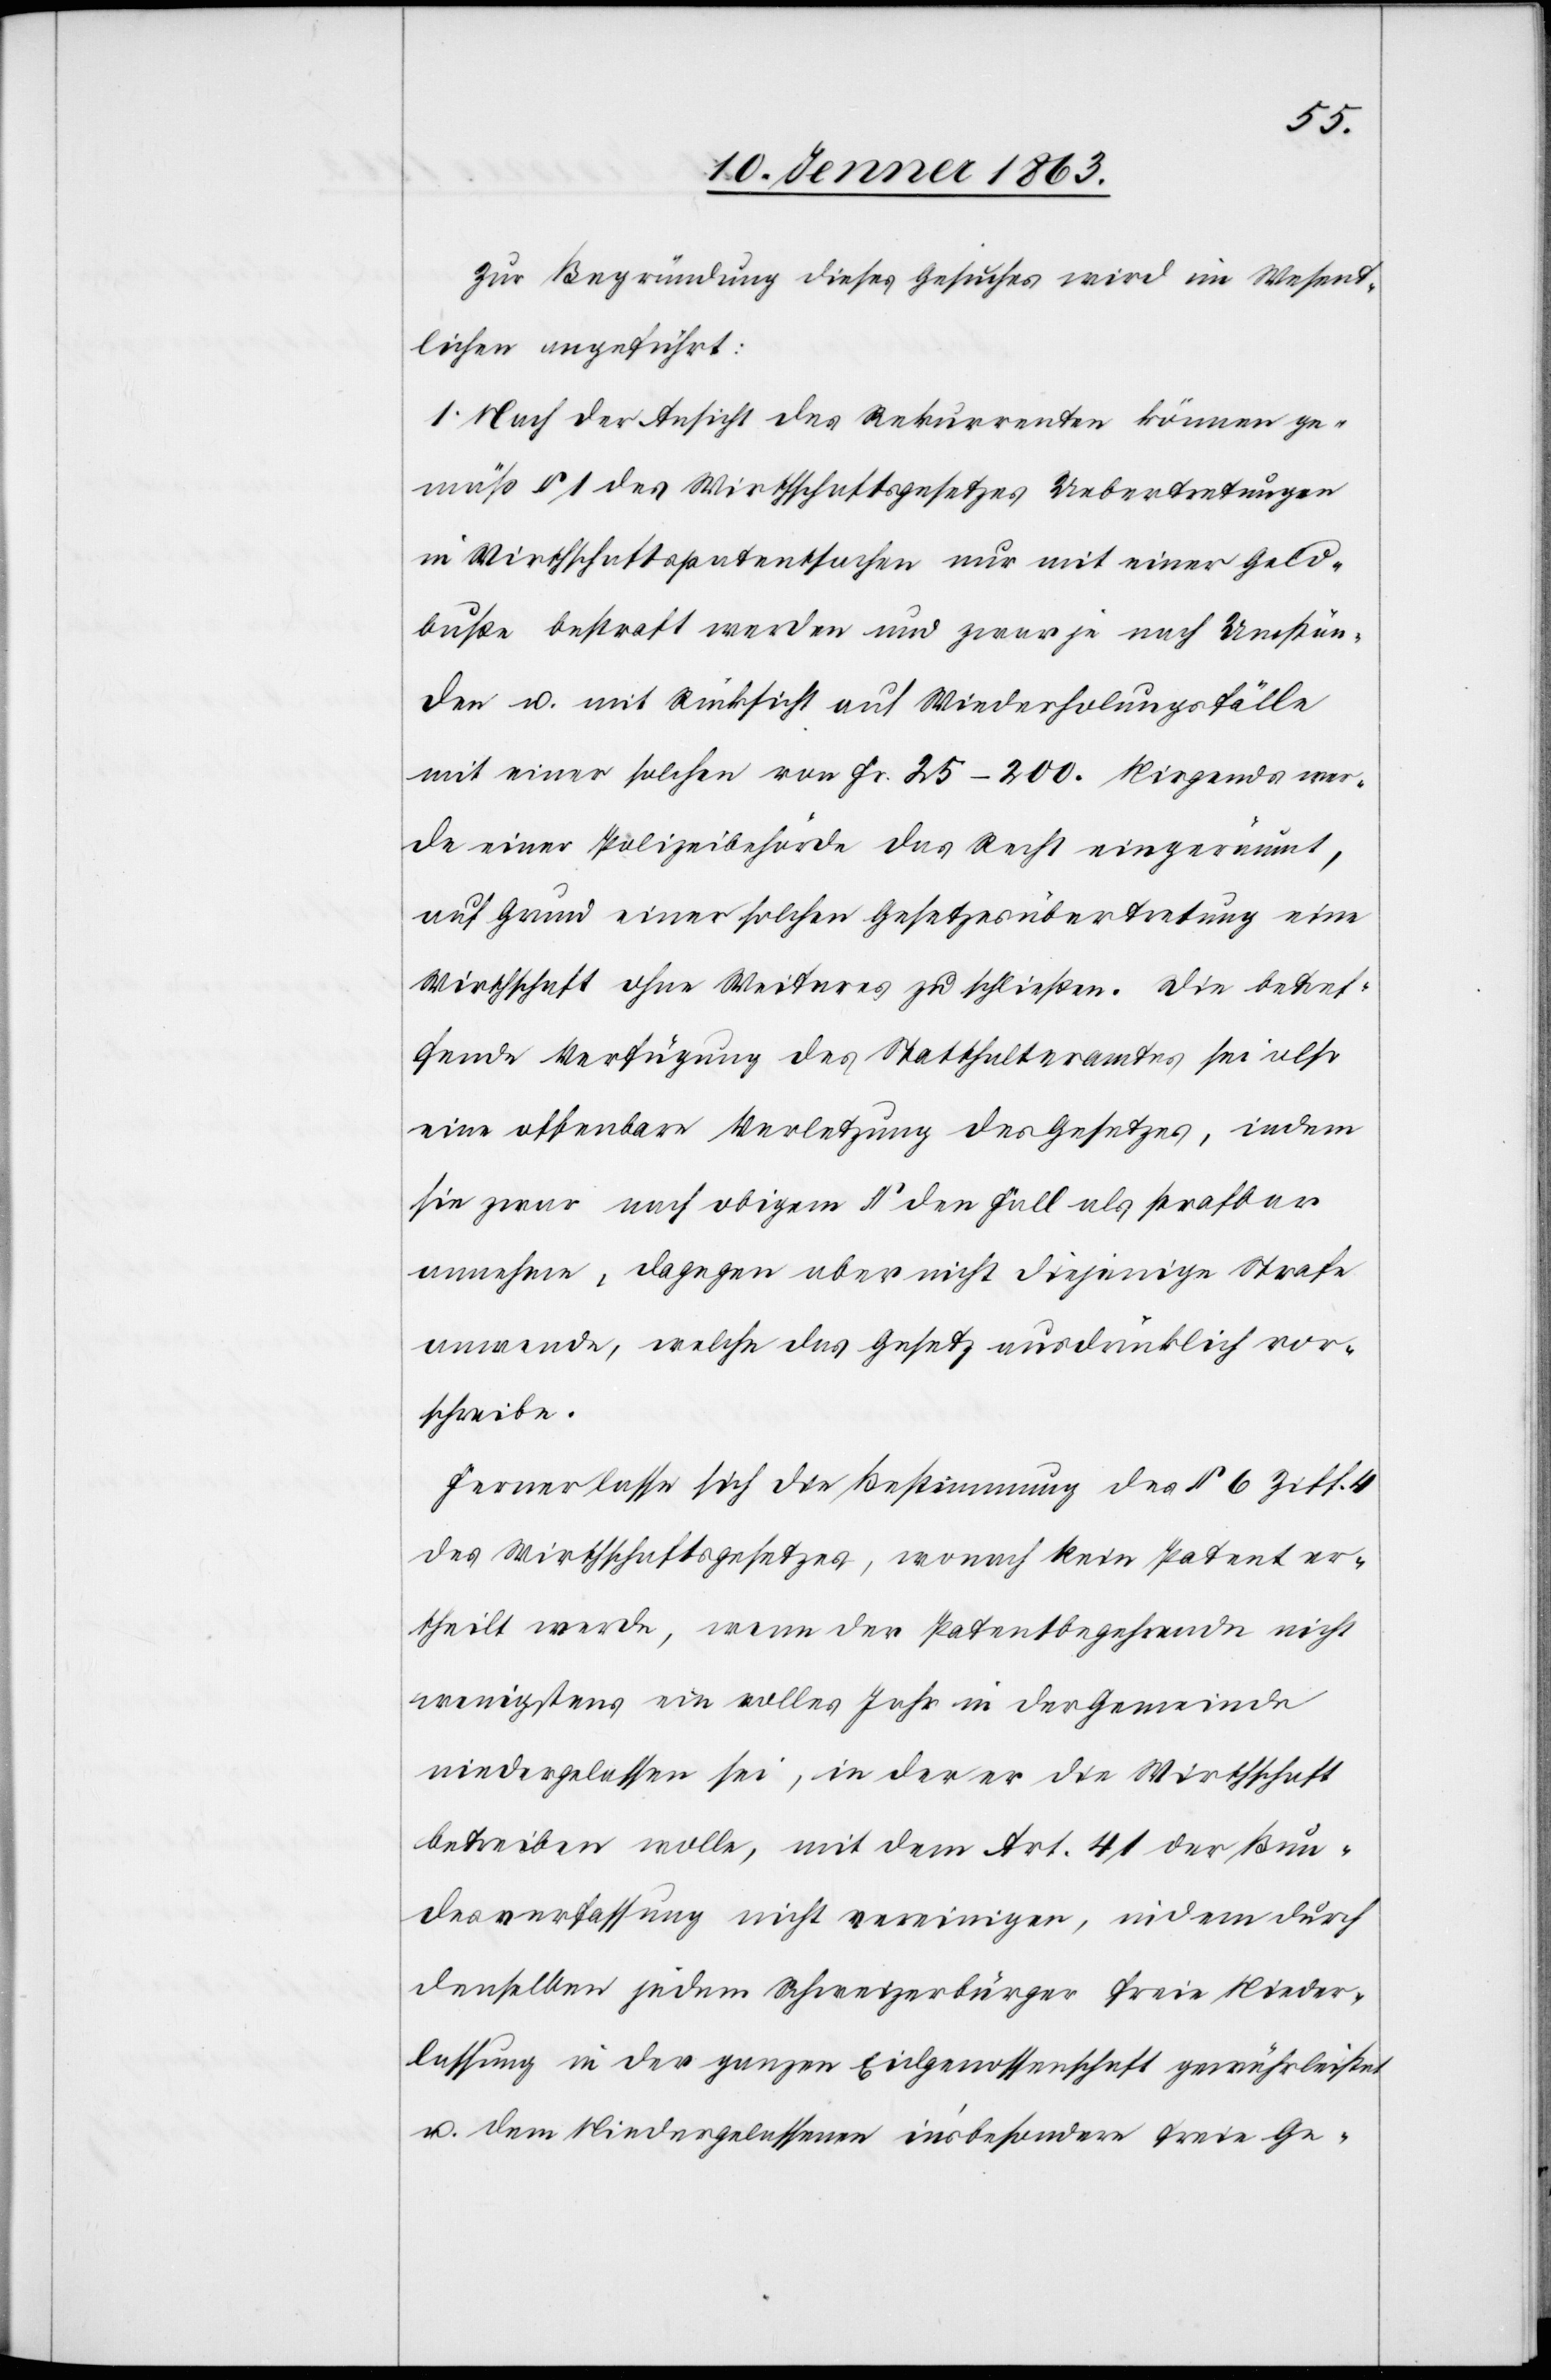
Zur Begründung dieses Gesuches wird im Wesent¬
lichen angeführt:
1. Nach der Ansicht des Rekurrenten können ge¬
mäß § 1 des Wirthschaftsgesetzes Uebertretungen
in Wirthschaftspatentsachen nur mit einer Geld¬
buße bestraft werden und zwar je nach Umstän¬
den u. mit Rücksicht auf Wiederholungsfälle
mit einer solchen von Fr. 25–200. Nirgends wer¬
de einer Polizeibehörde das Recht eingeräumt,
auf Grund einer solchen Gesetzesübertretung eine
Wirthschaft ohne Weiteres zu schließen. Die betref¬
fende Verfügung des Statthalteramtes sei also
eine offenbare Verletzung des Gesetzes, indem
sie zwar nach obigem § den Fall als strafbar
annehme, dagegen aber nicht diejenige Strafe
anwende, welche das Gesetz ausdrücklich vor¬
schreibe.
Ferner lasse sich die Bestimmung des § 6 Ziff. 4
des Wirthschaftsgesetzes, wonach kein Patent er¬
theilt werde, wenn der Patentbegehrende nicht
wenigstens ein volles Jahr in der Gemeinde
niedergelassen sei, in der er die Wirthschaft
betreiben wolle, mit dem Art. 41 der Bun¬
desverfassung nicht vereinigen, indem durch
denselben jedem Schweizerbürger freie Nieder¬
lassung in der ganzen Eidgenossenschaft gewährleistet
u. dem Niedergelassenen in'sbesondere freie Ge-